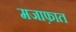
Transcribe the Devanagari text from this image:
मजाफ़ात